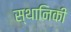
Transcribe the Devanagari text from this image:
स्थानिकी